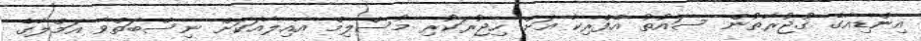
އިންޑިއާގެ ގުޖުރާތުން ސައުތު އެފްރިކާ އަށް ހިޖުރަކުރި މުސްލިމް އާއިލާއަކަށް ނިސްބަތްވާ އަމްލާގެ